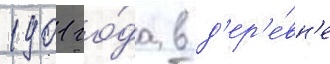
1901 го́да в д'ер'е́вн'е